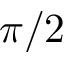
\pi / 2